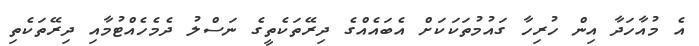
އެ މުއާހަދާ އިން ހުރިހާ ގައުމުތަކަކަށް އެބައެއްގެ ދިރޭތަކެތީގެ ނަސްލު ދެމެހެއްޓުމާއި ދިރޭތަކެތި